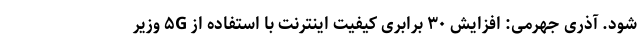
شود. آذری جهرمی: افزایش ۳۰ برابری کیفیت اینترنت با استفاده از ۵G وزیر